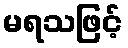
မရသဖြင့်